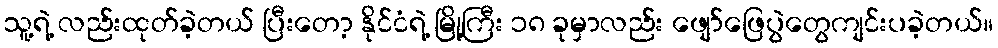
သူ့ရဲ့ လည်းထုတ်ခဲ့တယ် ပြီးတော့ နိုင်ငံရဲ့ မြို့ကြီး ၁၈ ခုမှာလည်း ဖျော်ဖြေပွဲတွေကျင်းပခဲ့တယ်။